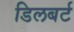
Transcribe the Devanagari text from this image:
डिलबर्ट